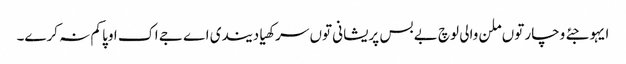
ایہو جئے وچار توں ملن والی لوچ بے بس پریشانی توں سرکھیا دیندی اے جے اک اوپا کم نہ کرے۔